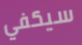
سيكفي